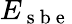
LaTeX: E_{\mathrm{~s~b~e~}}